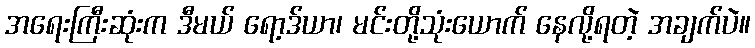
အရေးကြီးဆုံးက ဒီမယ် ရော့ဒ်ယာ၊ မင်းတို့သုံးယောက် နေလို့ရတဲ့ အချက်ပဲ။